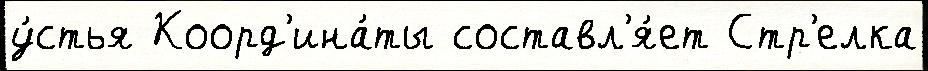
у́стья Коорд'ина́ты составл'я́ет Стр'елка